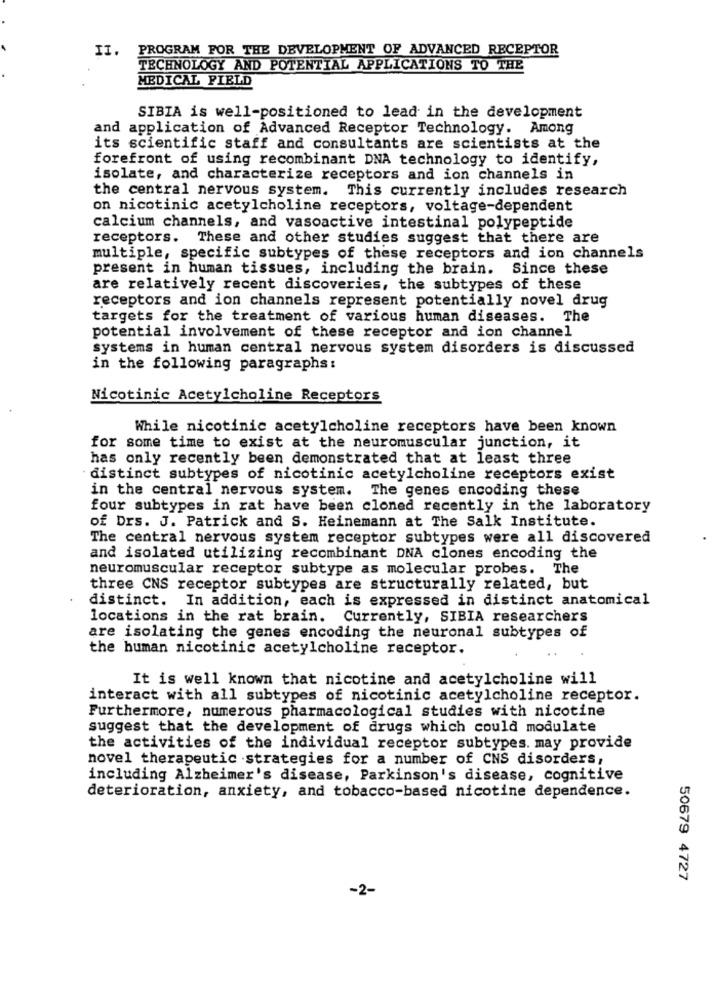
II. PROGRAM FOR THE DEVELOPMENT OF ADVANCED RECEPTOR
TECHNOLOGY AND POTENTIAL APPLICATIONS TO THE
MEDICAL FIELD
SIBIA is well-positioned to lead in the development
and application of Advanced Receptor Technology. Among
its scientific staff and consultants are scientists at the
forefront of using recombinant DNA technology to identify,
isolate, and characterize receptors and ion channels in
the central nervous system. This currently includes research
on nicotinic acetylcholine receptors, voltage-dependent
calcium channels, and vasoactive intestinal polypeptide
receptors. These and other studies suggest that there are
multiple, specific subtypes of these receptors and ion channels
present in human tissues, including the brain. Since these
are relatively recent discoveries, the subtypes of these
receptors and ion channels represent potentially novel drug
targets for the treatment of various human diseases. The
potential involvement of these receptor and ion channel
systems in human central nervous system disorders is discussed
in the following paragraphs:
Nicotinic Acetylcholine Receptors
While nicotinic acetylcholine receptors have been known
for some time to exist at the neuromuscular junction, it
has only recently been demonstrated that at least three
distinct subtypes of nicotinic acetylcholine receptors exist
in the central nervous system. The genes encoding these
four subtypes in rat have been cloned recently in the laboratory
of Drs. J. Patrick and S. Heinemann at The Salk Institute.
The central nervous system receptor subtypes were all discovered
and isolated utilizing recombinant DNA clones encoding the
neuromuscular receptor subtype as molecular probes. The
three CNS receptor subtypes are structurally related, but
distinct. In addition, each is expressed in distinct anatomical
locations in the rat brain. Currently, SIBIA researchers
are isolating the genes encoding the neuronal subtypes of
the human nicotinic acetylcholine receptor.
It is well known that nicotine and acetylcholine will
interact with all subtypes of nicotinic acetylcholine receptor.
Furthermore, numerous pharmacological studies with nicotine
suggest that the development of drugs which could modulate
the activities of the individual receptor subtypes. may provide
novel therapeutic strategies for a number of CNS disorders,
including Alzheimer's disease, Parkinson's disease, cognitive
deterioration, anxiety, and tobacco-based nicotine dependence.
50679 4727
-2-